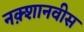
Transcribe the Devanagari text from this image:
नक़्शानवीस